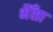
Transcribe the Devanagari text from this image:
भैँसा